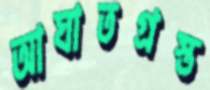
আঘাতগ্রস্ত